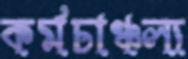
কর্মচাঞ্চল্য